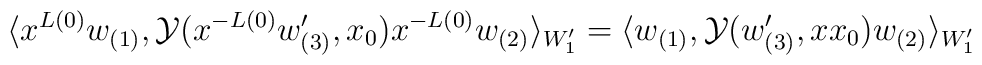
\langle x^{L(0)}w_{(1)}, {\cal Y}(x^{-L(0)}w'_{(3)},x_{0})x^{-L(0)}w_{(2)}\rangle_{W'_1}=\langle w_{(1)}, {\cal Y}(w'_{(3)}, xx_{0})w_{(2)}\rangle_{W'_1}